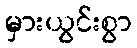
မှားယွင်းစွာ